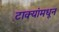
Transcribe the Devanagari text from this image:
टाक्यांमधून